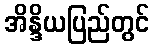
အိန္ဒိယပြည်တွင်